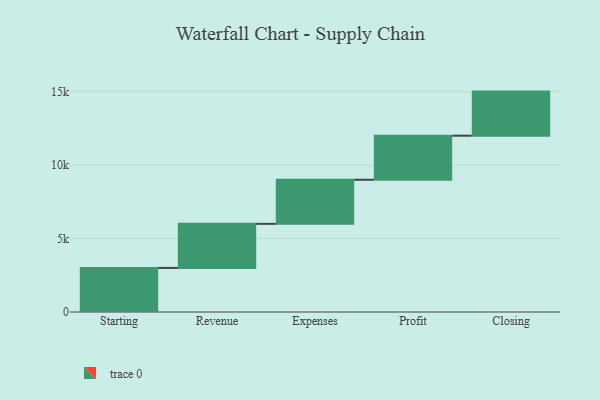
{"axis": {"x": "Step", "y": "Value"}, "legend": [""], "data": [{"x": "Starting", "y": 3000, "type": ""}, {"x": "Revenue", "y": 3000, "type": ""}, {"x": "Expenses", "y": 3000, "type": ""}, {"x": "Profit", "y": 3000, "type": ""}, {"x": "Closing", "y": 3000, "type": ""}]}